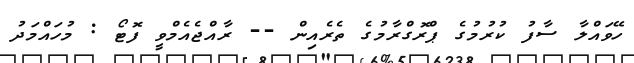
ހޭވައްލާ ސާފު ކުރުމުގެ ޕްރޮގްރާމުގެ ތެރެއިން -- ރާއްޖެއެމްވީ ފޮޓޯ : މުހައްމަދު